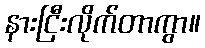
နားငြီးလိုက်တာကွာ။